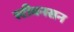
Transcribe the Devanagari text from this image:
स्टीवनसन